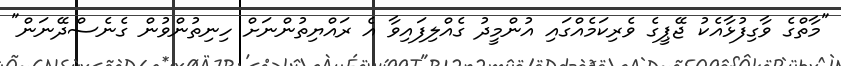
"މާތްގެ ވާގިފުޅާއެކު ޖޭޕީގެ ވެރިކަމެއްގައި އުންމީދު ގެއްލިފައިވާ އެ ރައްޔިތުންނަށް ހިނިތުންވުން ގެނެސްދޭނަން"